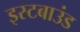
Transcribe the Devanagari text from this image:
इस्टबाउंड